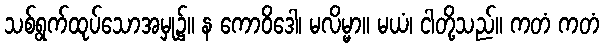
သစ်ရွက်ထုပ်သောအမှု၌။ န ကောဝိဒေါ၊ မလိမ္မာ။ မယံ၊ ငါတို့သည်။ ကတံ ကတံ